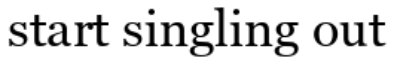
start singling out